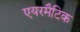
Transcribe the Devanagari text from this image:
एयरमैटिक